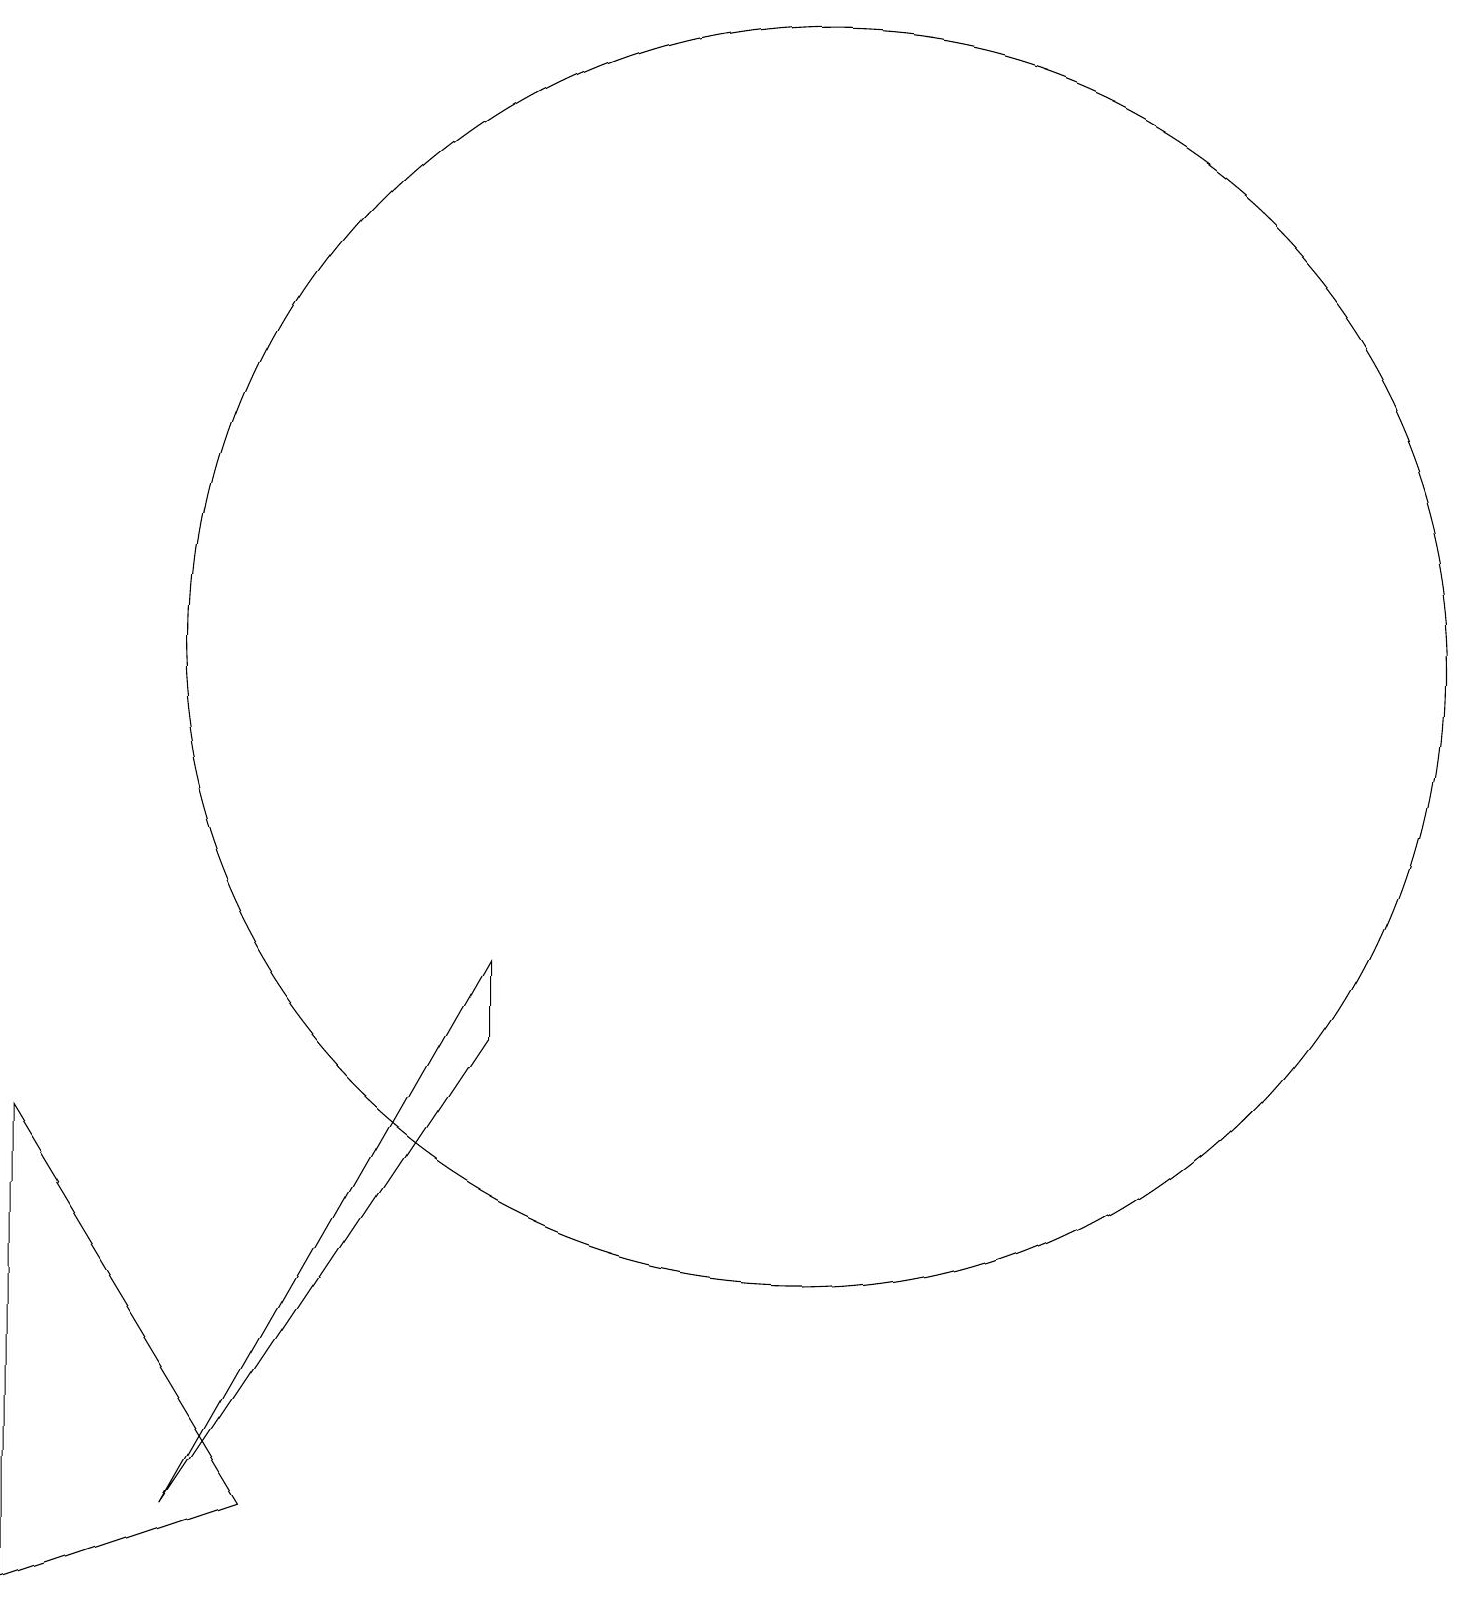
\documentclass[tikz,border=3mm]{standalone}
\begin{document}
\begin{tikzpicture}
\draw (5,1) -- (2,6) -- (2,0) -- cycle;
\draw (4,1) -- (8,8) -- (8,7) -- cycle;
\draw (12,12) circle (8);
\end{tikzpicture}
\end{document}